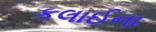
કલાઈના